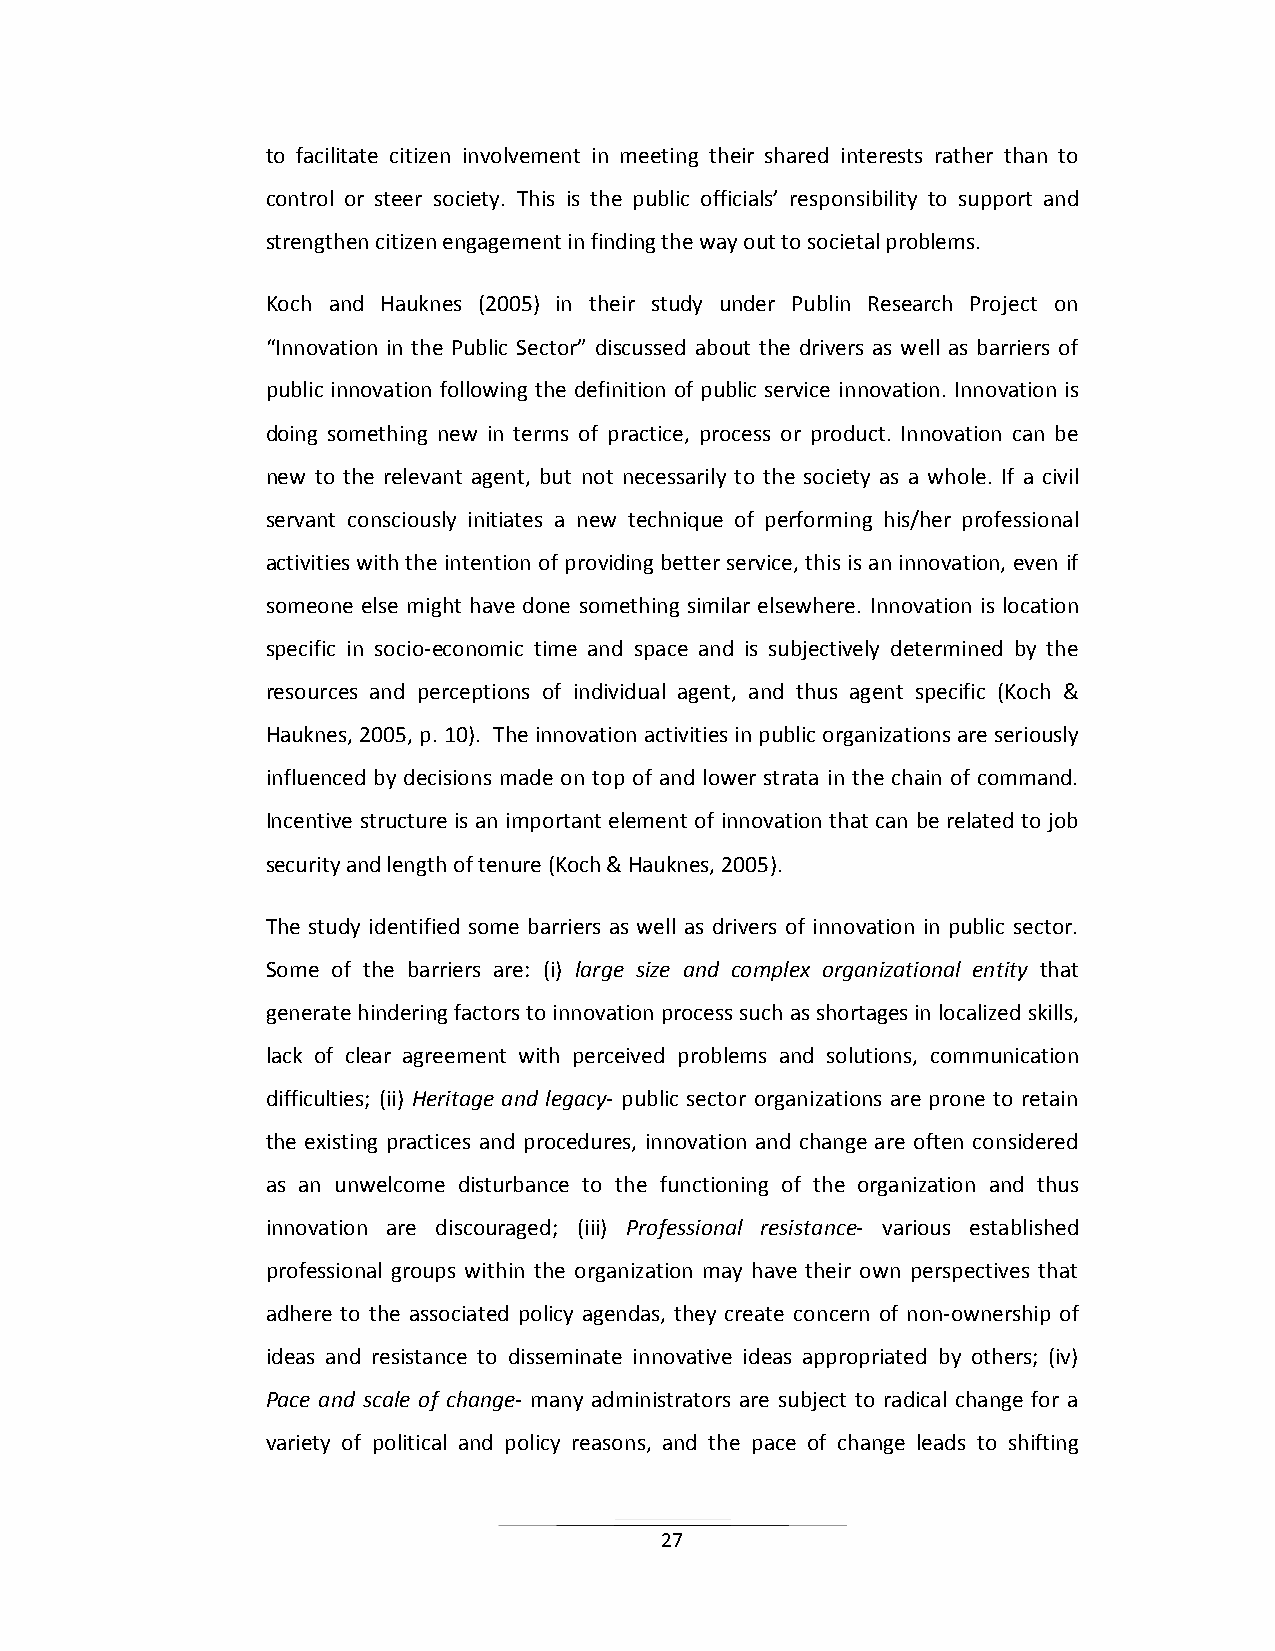
to facilitate citizen involvement in meeting their shared interests rather than to
 control or steer society. This is the public officials’ responsibility to support and
 strengthen citizen engagement in finding the way out to societal problems.
 Koch and Hauknes (2005) in their study under Publin Research Project on
 “Innovation in the Public Sector” discussed about the drivers as well as barriers of
 public innovation following the definition of public service innovation. Innovation is
 doing something new in terms of practice, process or product. Innovation can be
 new to the relevant agent, but not necessarily to the society as a whole. If a civil
 servant consciously initiates a new technique of performing his/her professional
 activities with the intention of providing better service, this is an innovation, even if
 someone else might have done something similar elsewhere. Innovation is location
 specific in socio-economic time and space and is subjectively determined by the
 resources and perceptions of individual agent, and thus agent specific (Koch &
 Hauknes, 2005, p. 10). The innovation activities in public organizations are seriously
 influenced by decisions made on top of and lower strata in the chain of command.
 Incentive structure is an important element of innovation that can be related to job
 security and length of tenure (Koch & Hauknes, 2005).
 The study identified some barriers as well as drivers of innovation in public sector.
 Some of the barriers are: (i) large size and complex organizational entity that
 generate hindering factors to innovation process such as shortages in localized skills,
 lack of clear agreement with perceived problems and solutions, communication
 difficulties; (ii) Heritage and legacy- public sector organizations are prone to retain
 the existing practices and procedures, innovation and change are often considered
 as an unwelcome disturbance to the functioning of the organization and thus
 innovation are discouraged; (iii) Professional resistance- various established
 professional groups within the organization may have their own perspectives that
 adhere to the associated policy agendas, they create concern of non-ownership of
 ideas and resistance to disseminate innovative ideas appropriated by others; (iv)
 Pace and scale of change- many administrators are subject to radical change for a
 variety of political and policy reasons, and the pace of change leads to shifting
 27